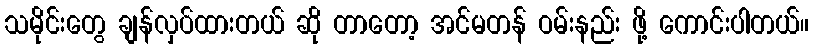
သမိုင်းတွေ ချန်လှပ်ထားတယ် ဆို တာတော့ အင်မတန် ဝမ်းနည်း ဖို့ ကောင်းပါတယ်။